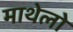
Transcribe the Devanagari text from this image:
माथेलो